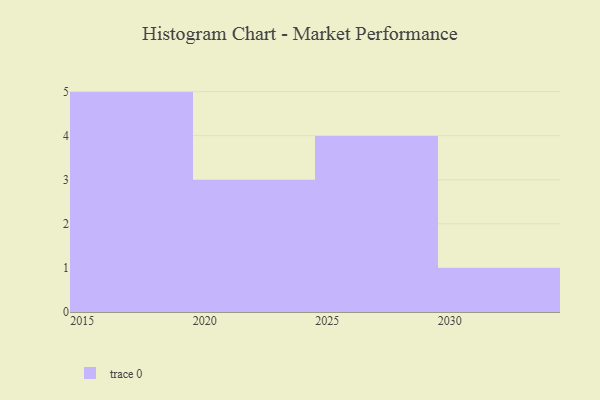
{"axis": {"x": "Year", "y": "Operating Costs (USD K)"}, "legend": [""], "data": [{"x": "2021", "y": 62, "type": ""}, {"x": "2030", "y": 56, "type": ""}, {"x": "2017", "y": 96, "type": ""}, {"x": "2015", "y": 55, "type": ""}, {"x": "2019", "y": 71, "type": ""}, {"x": "2025", "y": 6, "type": ""}, {"x": "2020", "y": 4, "type": ""}, {"x": "2016", "y": 32, "type": ""}, {"x": "2026", "y": 43, "type": ""}, {"x": "2018", "y": 10, "type": ""}, {"x": "2027", "y": 40, "type": ""}, {"x": "2022", "y": 89, "type": ""}, {"x": "2028", "y": 43, "type": ""}]}